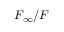
F _ { \infty } / F